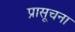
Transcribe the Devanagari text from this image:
प्रासूचना